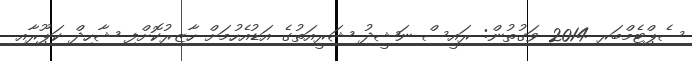
ސެޕްޓެމްބަރ 2014 ވަގުތުން: ރައީސް ނަޝީދު ޝަރީއަތުގެ އަޑުއެހުމަށް ހާޒިރުކޮށްފި ޝާހިދް ކަޕޫރާއި